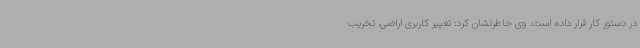
در دستور کار قرار داده است. وی خاطرنشان کرد: تغییر کاربری اراضی، تخریب